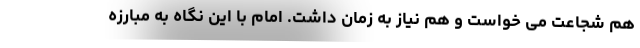
هم شجاعت می خواست و هم نیاز به زمان داشت. امام با این نگاه به مبارزه